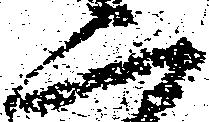
二